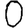
Digit: 0